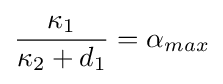
{\frac {\kappa _{1}}{\kappa _{2}+d_{1}}}=\alpha _{max}